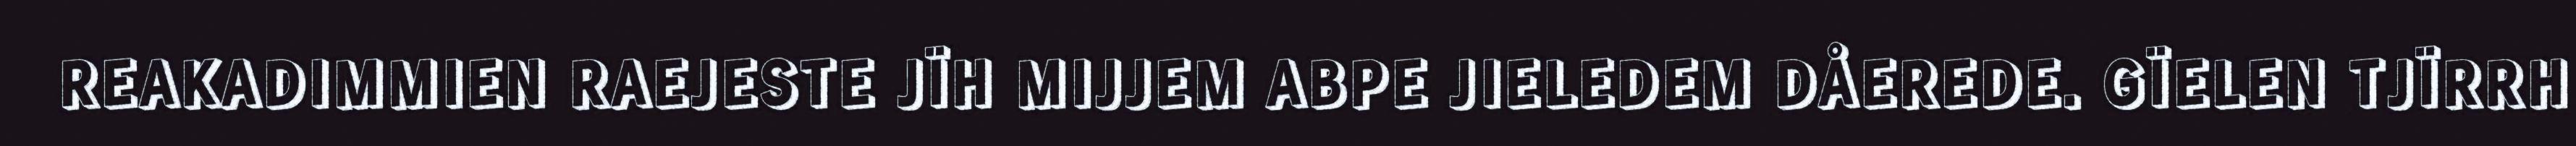
REAKADIMMIEN RAEJESTE JÏH MIJJEM ABPE JIELEDEM DÅEREDE. GÏELEN TJÏRRH